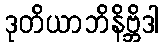
ဒုတိယာဘိနိဗ္ဘိဒါ